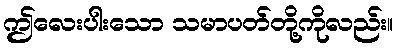
ဤလေးပါးသော သမာပတ်တို့ကိုလည်း။